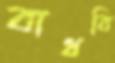
বাধবি